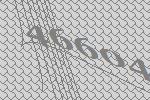
46604